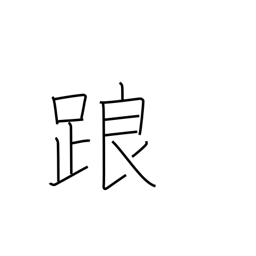
Meaning: falter